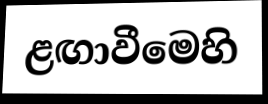
ළඟාවීමෙහි